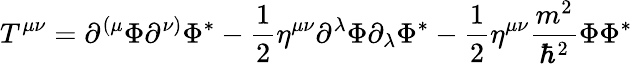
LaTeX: T^{\mu\nu}=\partial^{(\mu}\Phi\partial^{\nu)}\Phi^{*}-\frac 12\eta^{\mu\nu}\partial^{\lambda}\Phi\partial_{\lambda}\Phi^{*}-\frac 12\eta^{\mu\nu}\frac{m^{2}}{\hbar^{2}}\Phi\Phi^{*}